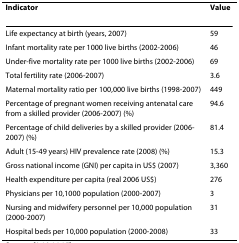
| Indicator | Value |
 | --- | --- |
 | Life expectancy at birth (years, 2007) | 59 |
 | Infant mortality rate per 1000 live births (2002-2006) | 46 |
 | Under-five mortality rate per 1000 live births (2002-2006) | 69 |
 | Total fertility rate (2006-2007) | 3.6 |
 | Maternal mortality ratio per 100,000 live births (1998-2007) | 449 |
 | Percentage of pregnant women receiving antenatal care from a skilled provider (2006-2007) (%) | 94.6 |
 | Percentage of child deliveries by a skilled provider (2006-2007) (%) | 81.4 |
 | Adult (15-49 years) HIV prevalence rate (2008) (%) | 15.3 |
 | Gross national income (GNI) per capita in US$ (2007) | 3,360 |
 | Health expenditure per capita (real 2006 US$) | 276 |
 | Physicians per 10,1000 population (2000-2007) | 3 |
 | Nursing and midwifery personnel per 10,000 population (2000-2007) | 31 |
 | Hospital beds per 10,000 population (2000-2008) | 33 |